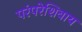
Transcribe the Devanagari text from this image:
परंपरेशिवाय